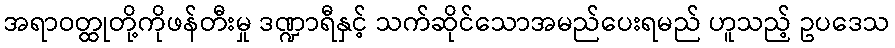
အရာဝတ္ထုတို့ကိုဖန်တီးမှု ဒဏ္ဍာရီနှင့် သက်ဆိုင်သောအမည်ပေးရမည် ဟူသည့် ဥပဒေသ